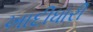
ખાદીધારી